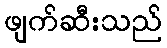
ဖျက်ဆီးသည်